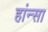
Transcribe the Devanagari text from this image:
हांन्सा